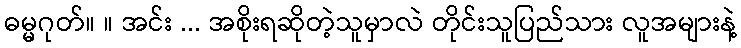
ဓမ္မဂုတ်။ ။ အင်း ... အစိုးရဆိုတဲ့သူမှာလဲ တိုင်းသူပြည်သား လူအများနဲ့